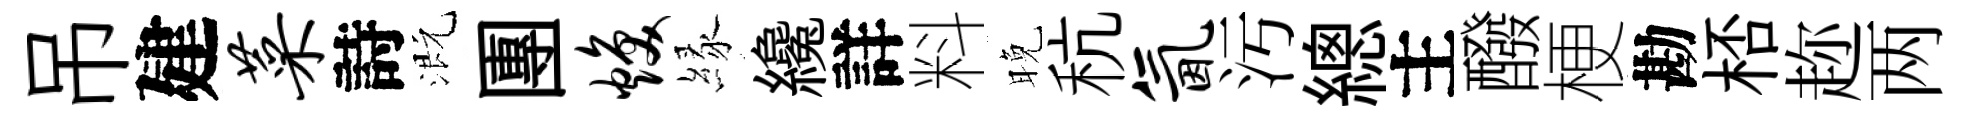
吊建菜詩溉團焕縁纔詳料晚秔氤汚總主醱梗勘桮趂两